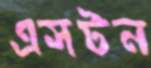
এসটন